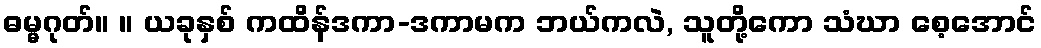
ဓမ္မဂုတ်။ ။ ယခုနှစ် ကထိန်ဒကာ-ဒကာမက ဘယ်ကလဲ, သူတို့ကော သံဃာ စေ့အောင်